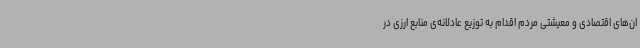
ان‌های اقتصادی و معیشتی مردم اقدام به توزیع عادلانه‌ی منابع ارزی در